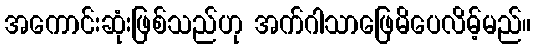
အကောင်းဆုံးဖြစ်သည်ဟု အက်ဂါသာဖြေမိပေလိမ့်မည်။